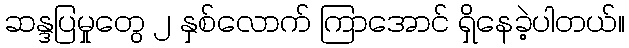
ဆန္ဒပြမှုတွေ ၂ နှစ်လောက် ကြာအောင် ရှိနေခဲ့ပါတယ်။